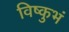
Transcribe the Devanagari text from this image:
विष्कुभं